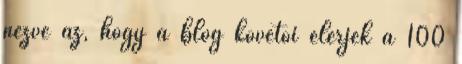
nézve az, hogy a blog követői elérjék a 100